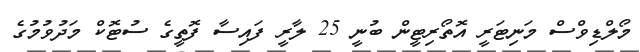
މޯލްޑިވްސް މަނިޓަރީ އޮތޯރިޓީން ބުނީ 25 ލާރީ ފައިސާ ފޮތީގެ ސުޓޮކް މަދުވުމުގެ